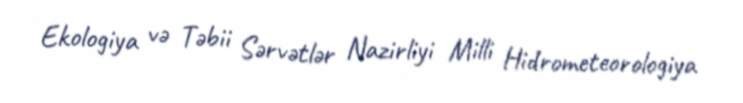
Ekologiya və Təbii Sərvətlər Nazirliyi Milli Hidrometeorologiya